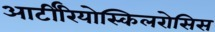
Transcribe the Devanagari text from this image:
आर्टीरियोस्किलरोसिस